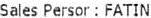
SALES PERSON : FATIN